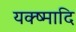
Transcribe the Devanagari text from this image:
यक्ष्मादि